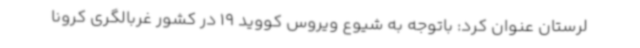
لرستان عنوان کرد: باتوجه به شیوع ویروس کووید 19 در کشور غربالگری کرونا